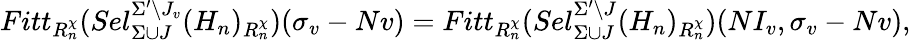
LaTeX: Fitt_{R_{n}^{\chi}}(Sel_{\Sigma\cup J}^{\Sigma^{\prime}\setminus J_{v}}(H_{n})_{R_{n}^{\chi}})(\sigma_{v}-Nv)=Fitt_{R_{n}^{\chi}}(Sel_{\Sigma\cup J}^{\Sigma^{\prime}\setminus J}(H_{n})_{R_{n}^{\chi}})(NI_{v},\sigma_{v}-Nv),